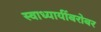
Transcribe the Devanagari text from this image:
स्वाध्यायींबरोबर